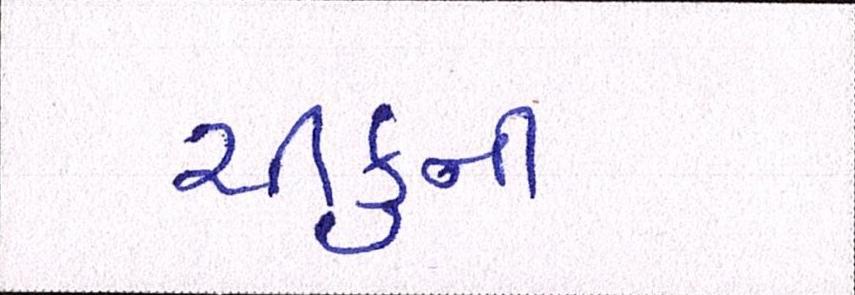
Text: ચીકુની